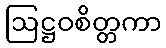
ဩဋ္ဌဝစိတ္တကာ